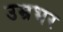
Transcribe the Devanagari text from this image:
उम्रभर